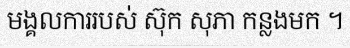
មង្គលការរបស់ ស៊ុក សុភា កន្លងមក ។